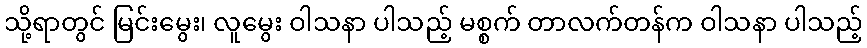
သို့ရာတွင် မြင်းမွေး၊ လူမွေး ဝါသနာ ပါသည့် မစ္စက် တာလက်တန်က ဝါသနာ ပါသည့်